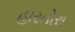
હારતોરા